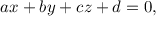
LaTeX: a x + b y + c z + d = 0 ,